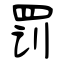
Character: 罚